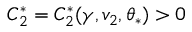
C _ { 2 } ^ { \ast } = C _ { 2 } ^ { \ast } ( \gamma , v _ { 2 } , \theta _ { * } ) > 0